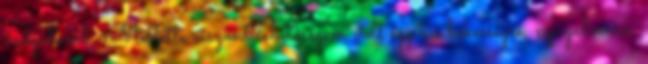
vadgalamb. Mellette viszont lehetőségem volt egy kis békességre, nyugalomra.